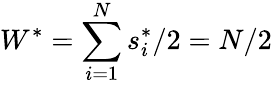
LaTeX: W^{*}=\sum_{i=1}^{N}s_{i}^{*}/2=N/2